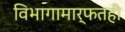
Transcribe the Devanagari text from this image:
विभागामार्फतही